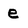
Character: e